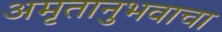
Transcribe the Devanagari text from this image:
अमृतानुभवाचा